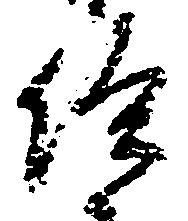
給